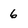
Character: 6